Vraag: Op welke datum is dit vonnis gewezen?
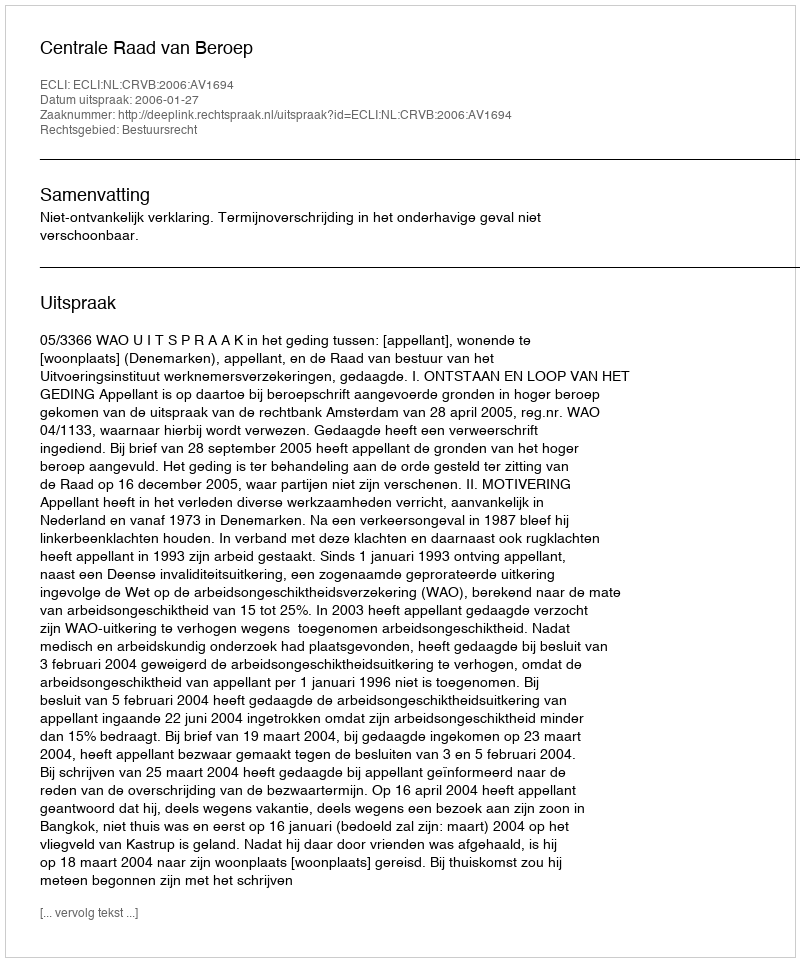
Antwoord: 2006-01-27